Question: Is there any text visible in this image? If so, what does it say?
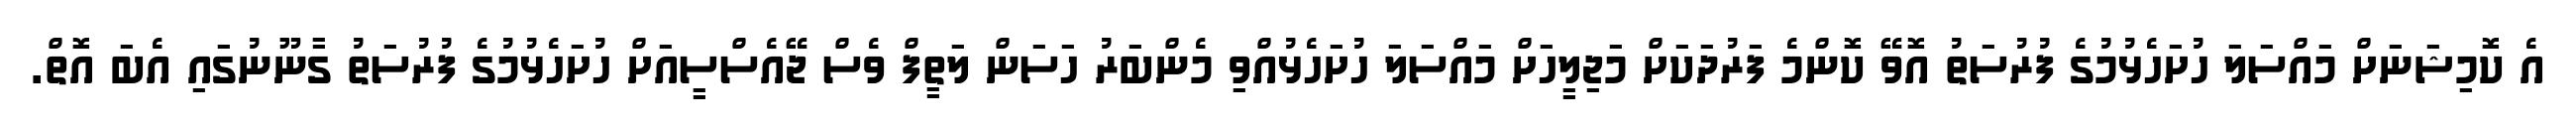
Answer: އެ ކޮމިޝަނަށް މައްސަލަ ހުށަހެޅުމުގެ ފުރުސަތު އޮވޭ ކޮންމެ ފަރުދަކަށް މަޖިލީހަށް މައްސަލަ ހުށަހެޅުއްވި މެންބަރު ހަސަން ލަތީފް ވެސް ޖޭއެސްސީއަށް ހުށަހެޅުމުގެ ފުރުސަތު ގާނޫނުގައި އެބަ އޮތް.